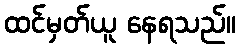
ထင်မှတ်ယူ နေရသည်။